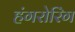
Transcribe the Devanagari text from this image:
हंगरोरिंग